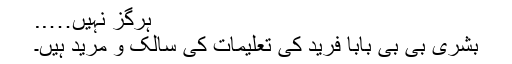
ہرگز نہیں…..
بشریٰ بی بی بابا فریدؒ کی تعلیمات کی سالک و مرید ہیں۔